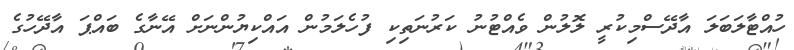
ހުއްޓާލަބަލަަ އާދޭސްމިކުރީ ލޮލުން ވެއްޓުނު ކަރުނަތިކި ފުހެލަމުން އައްކިޔުންނަށް އޭނާގެ ބައްޕަ އާދޭހުގެ